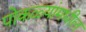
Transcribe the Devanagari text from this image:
पोकळ्यांमधील